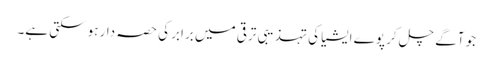
جو آگے چل کر پوے ایشیا کی تہذیبی ترقی میں برابر کی حصہ دار ہوسکتی ہے۔